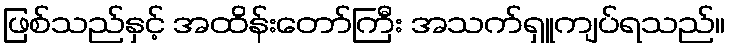
ဖြစ်သည်နှင့် အထိန်းတော်ကြီး အသက်ရှူကျပ်ရသည်။